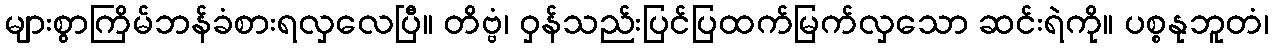
များစွာကြိမ်ဘန်ခံစားရလှလေပြီ။ တိဗ္ဗံ၊ ဝှန်သည်းပြင်ပြထက်မြက်လှသော ဆင်းရဲကို။ ပစ္စနုဘူတံ၊